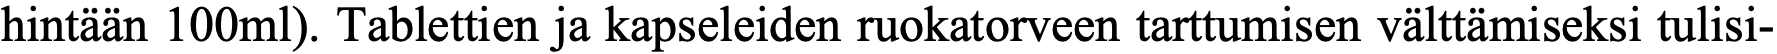
hintään 100ml). Tablettien ja kapseleiden ruokatorveen tarttumisen välttämiseksi tulisi-